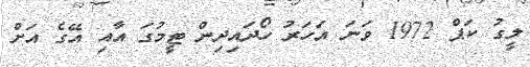
ލީގު ކަޕް 1972 ވަނަ އަހަރު ހޯދައިދިން ޓީމުގަ އާއި އޭގެ އަށް